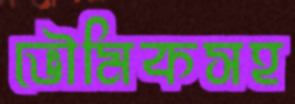
ভৌমিকসহ